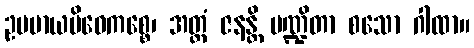
ဥပမာယမိဓေကစ္စေ၊ အတ္ထံ ဇနန္တိ ပဏ္ဍိတာ စသော ဂါထာ။